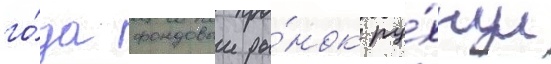
го́да фондовыи ры́нок ру́хнул